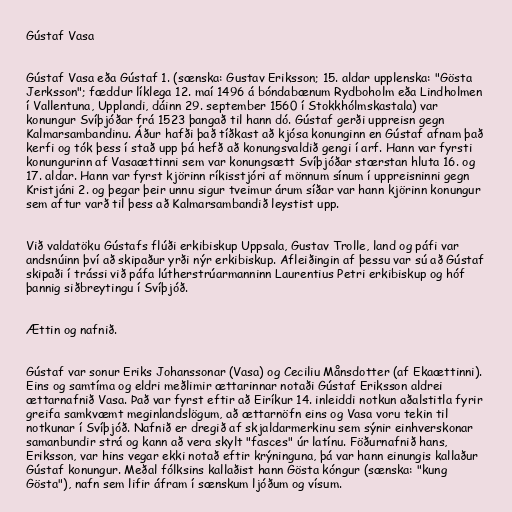
Gústaf Vasa

Gústaf Vasa eða Gústaf 1. (sænska: Gustav Eriksson; 15. aldar upplenska: "Gösta
Jerksson"; fæddur líklega 12. maí 1496 á bóndabænum Rydboholm eða Lindholmen
í Vallentuna, Upplandi, dáinn 29. september 1560 í Stokkhólmskastala) var
konungur Svíþjóðar frá 1523 þangað til hann dó. Gústaf gerði uppreisn gegn
Kalmarsambandinu. Áður hafði það tíðkast að kjósa konunginn en Gústaf afnam það
kerfi og tók þess í stað upp þá hefð að konungsvaldið gengi í arf. Hann var fyrsti
konungurinn af Vasaættinni sem var konungsætt Svíþjóðar stærstan hluta 16. og
17. aldar. Hann var fyrst kjörinn ríkisstjóri af mönnum sínum í uppreisninni gegn
Kristjáni 2. og þegar þeir unnu sigur tveimur árum síðar var hann kjörinn konungur
sem aftur varð til þess að Kalmarsambandið leystist upp.

Við valdatöku Gústafs flúði erkibiskup Uppsala, Gustav Trolle, land og páfi var
andsnúinn því að skipaður yrði nýr erkibiskup. Afleiðingin af þessu var sú að Gústaf
skipaði í trássi við páfa lútherstrúarmanninn Laurentius Petri erkibiskup og hóf
þannig siðbreytingu í Svíþjóð.

Ættin og nafnið.

Gústaf var sonur Eriks Johanssonar (Vasa) og Ceciliu Månsdotter (af Ekaættinni).
Eins og samtíma og eldri meðlimir ættarinnar notaði Gústaf Eriksson aldrei
ættarnafnið Vasa. Það var fyrst eftir að Eiríkur 14. inleiddi notkun aðalstitla fyrir
greifa samkvæmt meginlandslögum, að ættarnöfn eins og Vasa voru tekin til
notkunar í Svíþjóð. Nafnið er dregið af skjaldarmerkinu sem sýnir einhverskonar
samanbundir strá og kann að vera skylt "fasces" úr latínu. Föðurnafnið hans,
Eriksson, var hins vegar ekki notað eftir krýninguna, þá var hann einungis kallaður
Gústaf konungur. Meðal fólksins kallaðist hann Gösta kóngur (sænska: "kung
Gösta"), nafn sem lifir áfram í sænskum ljóðum og vísum.